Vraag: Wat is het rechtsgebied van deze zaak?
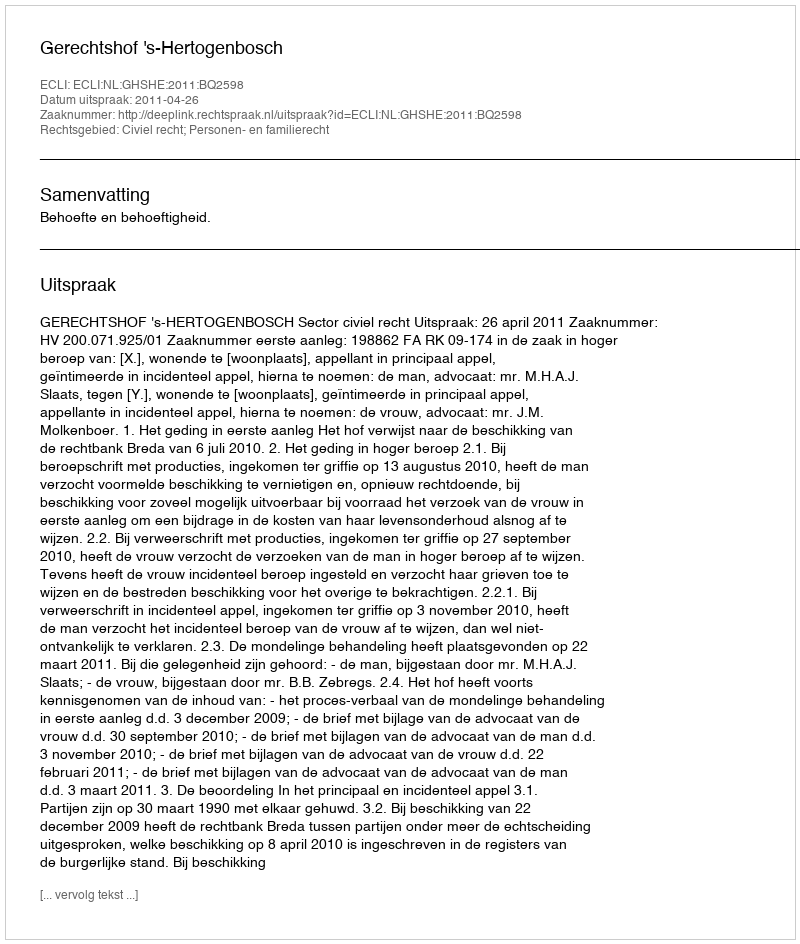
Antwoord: Civiel recht; Personen- en familierecht